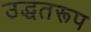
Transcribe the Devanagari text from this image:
उद्धतरूप